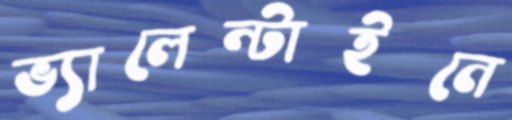
ভ্যালেন্টাইনে